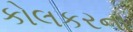
કોલકરના